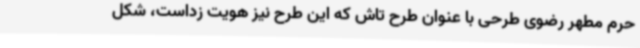
حرم مطهر رضوی طرحی با عنوان طرح تاش که این طرح نیز هویت زداست، شکل